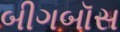
બીગબૉસ